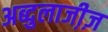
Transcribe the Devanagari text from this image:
अब्दुलाजी़ज़